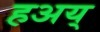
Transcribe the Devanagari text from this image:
हअय्